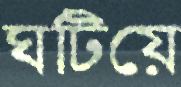
ঘটিয়ে